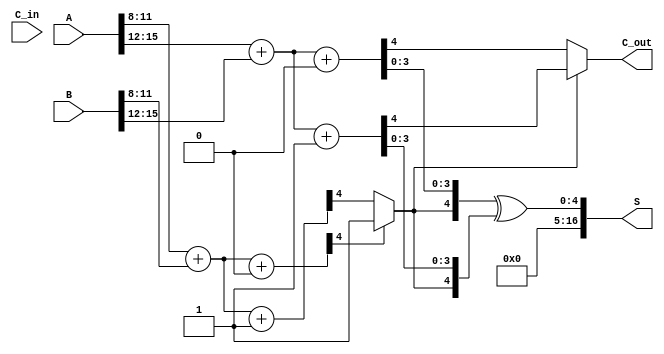
module CarrySelectAdder #(
    parameter N = 16,          // Total number of bits for A and B
    parameter BLOCK_SIZE = 4   // Number of bits in each block
)(
    input [N-1:0] A,          // First input
    input [N-1:0] B,          // Second input
    input C_in,               // Carry-in
    output [N:0] S,           // Sum output (N+1 bits)
    output C_out              // Carry-out
);

    localparam NUM_BLOCKS = N / BLOCK_SIZE;

    // Intermediate wires for sums and carries
    wire [BLOCK_SIZE-1:0] S0 [0:NUM_BLOCKS-1]; // Sums for C_in = 0
    wire [BLOCK_SIZE-1:0] S1 [0:NUM_BLOCKS-1]; // Sums for C_in = 1
    wire C0 [0:NUM_BLOCKS-1]; // Carries for C_in = 0
    wire C1 [0:NUM_BLOCKS-1]; // Carries for C_in = 1
    wire C_prev [0:NUM_BLOCKS-1]; // Previous carry for selection

    // Generate blocks
    genvar i;
    generate
        for (i = 0; i < NUM_BLOCKS; i = i + 1) begin : block
            // Calculate sums and carries for C_in = 0
            assign {C0[i], S0[i]} = A[i*BLOCK_SIZE +: BLOCK_SIZE] + B[i*BLOCK_SIZE +: BLOCK_SIZE] + 1'b0;
            // Calculate sums and carries for C_in = 1
            assign {C1[i], S1[i]} = A[i*BLOCK_SIZE +: BLOCK_SIZE] + B[i*BLOCK_SIZE +: BLOCK_SIZE] + 1'b1;
            
            // Select carry for the next block
            if (i == 0) begin
                assign C_prev[i] = C_in; // First block uses C_in
            end else begin
                assign C_prev[i] = C0[i-1] ? 1'b1 : C1[i-1]; // Select carry from previous block
            end
        end
    endgenerate

    // Final sum and carry-out selection
    assign S = {C_prev[NUM_BLOCKS-1], S0[NUM_BLOCKS-1]} ^ {C_prev[NUM_BLOCKS-1], S1[NUM_BLOCKS-1]};
    assign C_out = C_prev[NUM_BLOCKS-1] ? C1[NUM_BLOCKS-1] : C0[NUM_BLOCKS-1];

endmodule